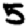
Digit: 5